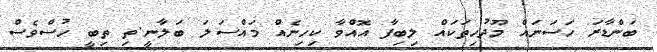
ބަންޑާރަ ހަސަނައް މޫދުހިތަކައް ލިބިފާ އޮއްވާ ކިހިނެއް މައްސަލަ ބަލާނީ.ތި ތިބީ ހުސްވެސް